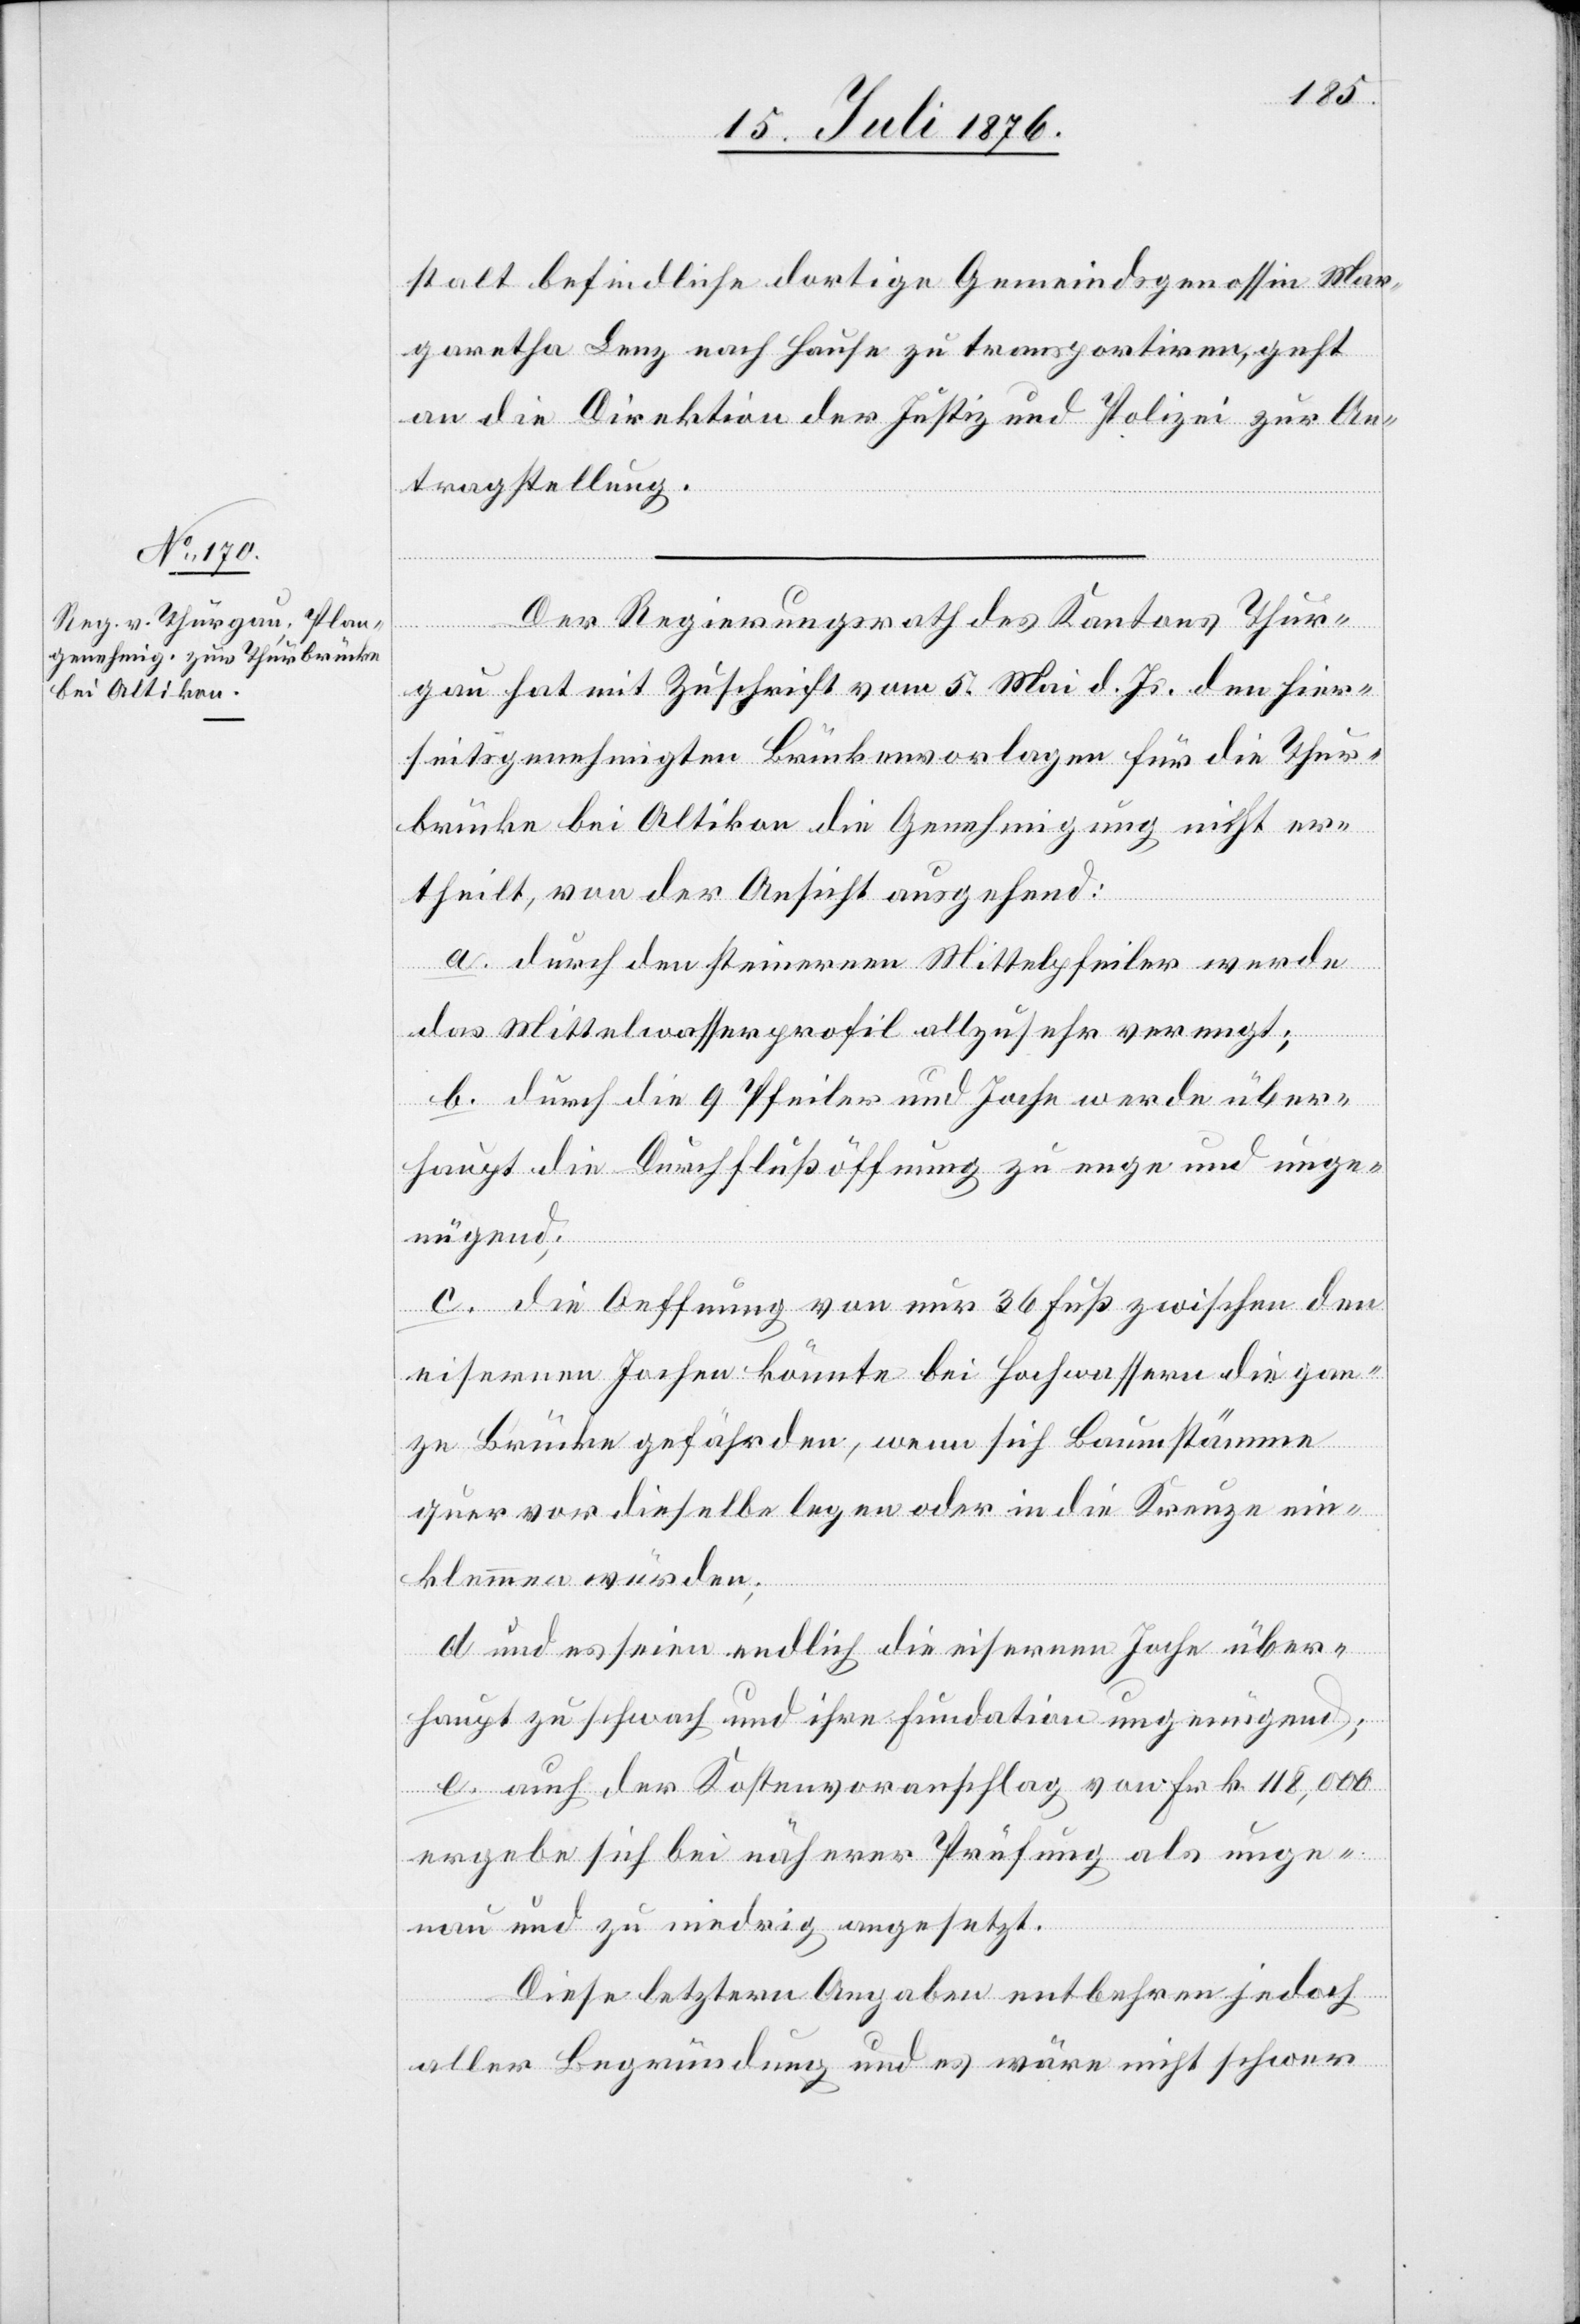
17. Juli 1876.]
stalt befindliche dortige Gemeindsgenossin Mar¬
garetha Lanz nach Hause zu transportiren, geht
an die Direktion der Justiz und Polizei zur An¬
tragstellung.
Der Regierungsrath des Kantons Thur¬
gau hat mit Zuschrift vom 5. Mai d. Js den hier¬
seitsgenehmigten Brückenvorlagen für die Thur¬
brücke bei Altikon die Genehmigung nicht er¬
theilt, von der Ansicht ausgehend:
a. durch den steinernen Mittelpfeiler werde
das Mittelwasserprofil allzusehr verengt;
b. durch die 9 Pfeiler und Joche werde über¬
haupt die Durchflußöffnung zu enge und unge¬
nügend;
c. die Oeffnung von nur 36 Fuß zwischen den
eisernen Jochen könnte bei Hochwasser die gan¬
ze Brücke gefährden, wenn sich Baumstämme
quer vor dieselbe legen oder in die Krenze ein¬
klemmen würden;
d. und es seien endlich die eisernen Joche über¬
haupt zu schwach und ihre Fundation ungenügend;
e. auch der Kostenvoranschlag von Frk. 118,000
ergebe sich bei näherer Prüfung als unge¬
nau und zu niedrig angesetzt.
Diese letztern Angaben entbehren jedoch
aller Begründung und es wäre nicht schwer